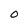
Character: O